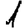
Digit: 1